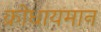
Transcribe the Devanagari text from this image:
क्रोधायमान